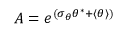
A = e ^ { ( \sigma _ { \theta } \theta ^ { * } + \langle \theta \rangle ) }